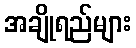
အချိုရည်များ